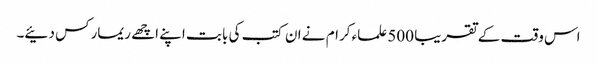
اس وقت کے تقریبا 500 علماء کرام نے ان کتب کی بابت اپنے اچھے ریمارکس دئیے۔